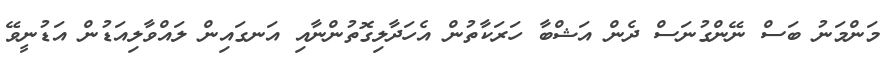
މަންމަނު ބަސް ނޭންގުނަސް ދެން އަޝްބާ ހަރަކާތުން އެހަދާލިގޮތުންނާއި އަނގައިން ލައްވާލިއަޑުން އަޑުނީވޭ